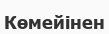
Көмейінен